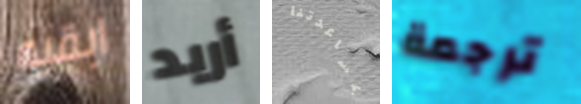
ابقيه أريد بمساعدتنا ترجمة